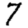
Digit: 7